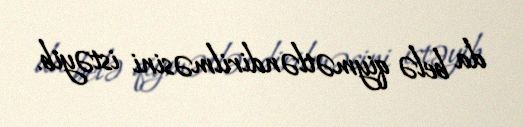
da belə qiymətləndirilməsini istəyib.